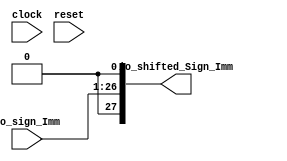
module ShifterSignImm(
  input         clock,
  input         reset,
  input  [25:0] io_sign_Imm,
  output [27:0] io_shifted_Sign_Imm
);
  wire [26:0] _io_shifted_Sign_Imm_T = {io_sign_Imm,1'h0}; // @[ShifterSignImm.scala 11:40]
  assign io_shifted_Sign_Imm = {{1'd0}, _io_shifted_Sign_Imm_T}; // @[ShifterSignImm.scala 11:25]
endmodule